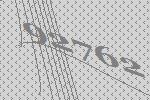
92762